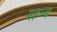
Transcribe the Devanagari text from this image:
महन्व